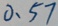
0 . 5 7